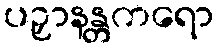
ပဉှာနန္တကရော